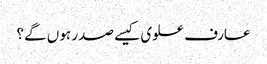
عارف علوی کیسے صدر ہوں گے؟